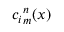
{ c _ { i } } _ { m } ^ { n } ( x )